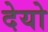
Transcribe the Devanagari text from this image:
देयो